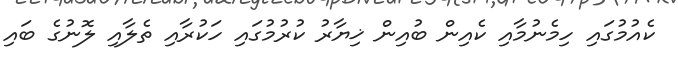
ކެއުމުގައި ހިމެނުމާއި ކެއިން ބުއިން ޚިޔާރު ކުރުމުގައި ހަކުރާއި ތެލާއި ލޮނުގެ ބައި